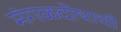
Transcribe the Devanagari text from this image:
मंगळदोषाची